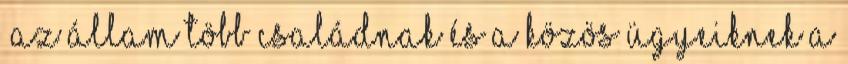
„Az állam több családnak és a közös ügyeiknek a